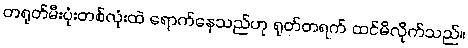
တရုတ်မီးပုံးတစ်လုံးထဲ ရောက်နေသည်ဟု ရုတ်တရက် ထင်မိလိုက်သည်။